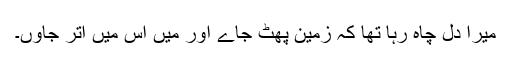
میرا دل چاہ رہا تھا کہ زمین پھٹ جاے اور میں اس میں اتر جاوں۔